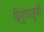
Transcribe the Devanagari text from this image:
द्विगुणसूत्री